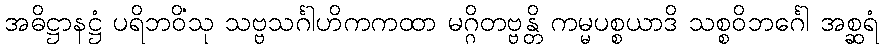
အဓိဋ္ဌာနဋ္ဌံ ပရိဘဝိံသု သဗ္ဗသင်္ဂါဟိကကထာ မဂ္ဂိတဗ္ဗန္တိ ကမ္မပစ္စယာဒိ သစ္စဝိဘင်္ဂေါ အစ္ဆရံ